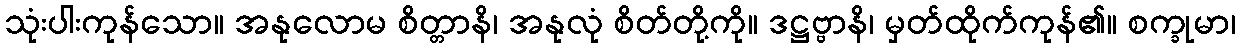
သုံးပါးကုန်သော။ အနုလောမ စိတ္တာနိ၊ အနုလုံ စိတ်တို့ကို။ ဒဋ္ဌဗ္ဗာနိ၊ မှတ်ထိုက်ကုန်၏။ စက္ခုမာ၊